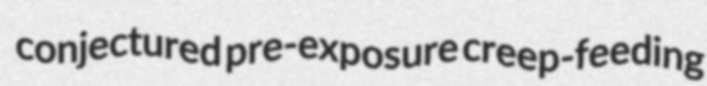
conjectured pre-exposure creep-feeding